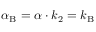
\alpha _ { \mathrm { { B } } } = \alpha \cdot k _ { 2 } = k _ { \mathrm { { B } } }